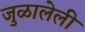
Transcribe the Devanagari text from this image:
जुळालेली